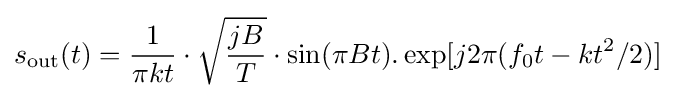
s_{\text{out}}(t)={\frac {1}{\pi kt}}\cdot {\sqrt {\frac {jB}{T}}}\cdot \sin(\pi Bt).\exp[j2\pi (f_{0}t-kt^{2}/2)]